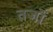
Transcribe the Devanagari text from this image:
तर्जो